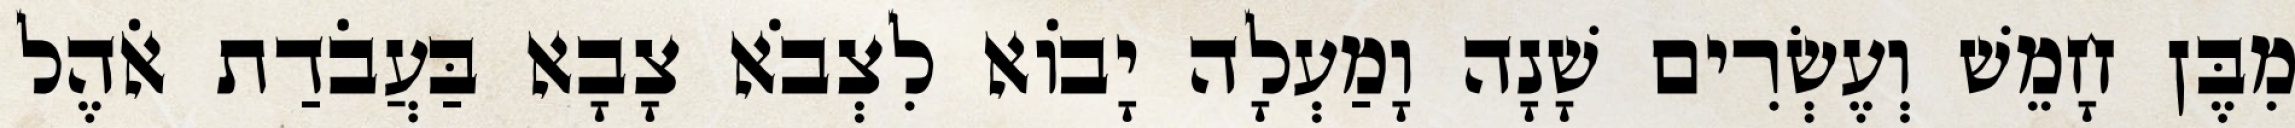
מִבֶּן חָמֵשׁ וְעֶשְׂרִים שָׁנָה וָמַעְלָה יָבוֹא לִצְבֹא צָבָא בַּעֲבֹדַת אֹהֶל